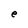
Character: e